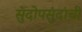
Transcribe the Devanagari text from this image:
सुंदोपसुंदांची